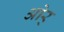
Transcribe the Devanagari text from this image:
ओर्‍